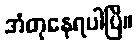
အံတုနေရပါပြီ။